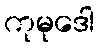
ကုမုဒေါ